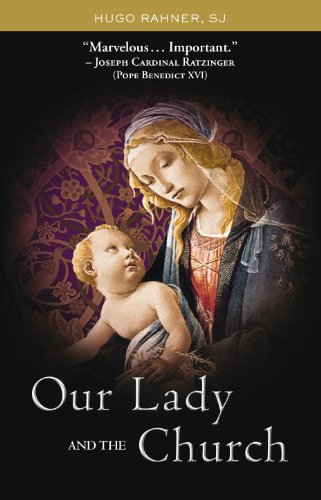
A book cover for Our Lady and the Church; Hugo Rahner; Christian Books & Bibles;